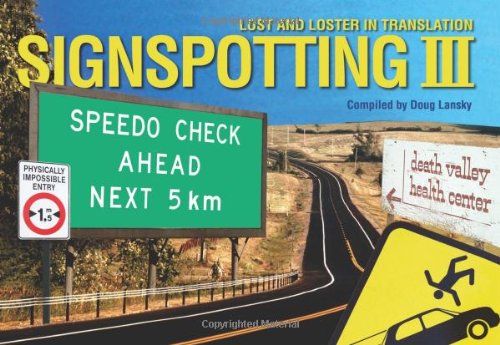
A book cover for Signspotting III: Lost and Loster in Translation (Signspotting: Lost & Loster in Translation); Doug Lansky; Humor & Entertainment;